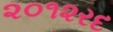
૨૦૧૨રદ